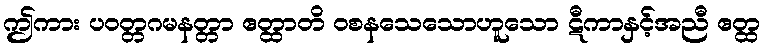
ဤကား ပဝတ္တဂမနတ္တာ ဧတ္ထာတိ ဝစနသေသောဟူသော ဋီကာနှင့်အညီ ဧတ္ထ